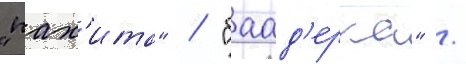
"пах'ита" / "баад'ерка" /